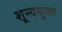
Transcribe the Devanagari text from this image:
शून्ययुक्त